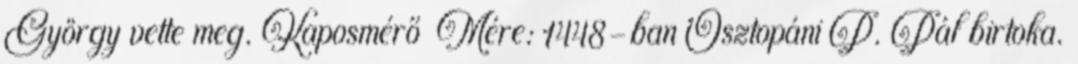
György vette meg. Kaposmérő Mére: 1448-ban Osztopáni P. Pál birtoka.